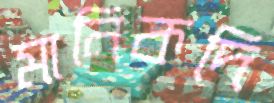
মানিকদি